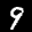
Label: 9